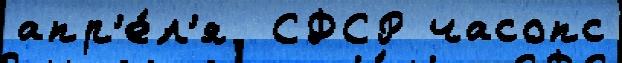
апр'е́л'я  СФСР часопс